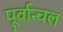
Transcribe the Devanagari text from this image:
पूर्वान्चल